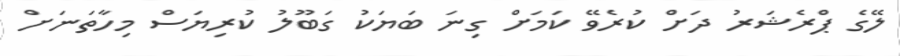
ލޭގެ ޕްރެޝަރު ދަށް ކުރެވޭ ކަމަށް ގިނަ ބަޔަކު ގަބޫލު ކުރިޔަސް މިހާތަނަށް